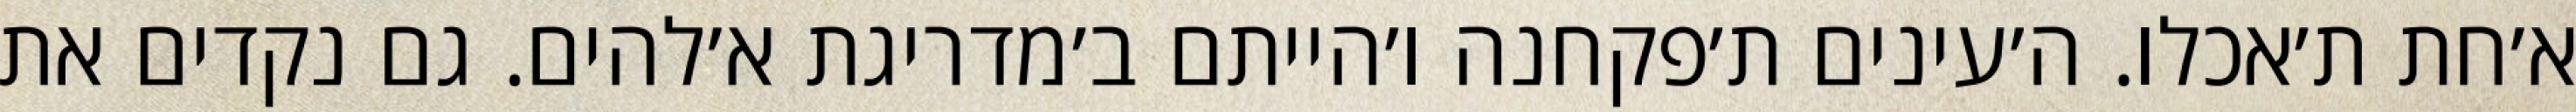
א׳חת ת׳אכלו. ה׳עינים ת׳פקחנה ו׳הייתם ב׳מדריגת א׳להים. גם נקדים את